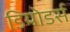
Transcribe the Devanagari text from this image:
डियोडर्स